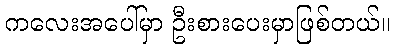
ကလေးအပေါ်မှာ ဦးစားပေးမှာဖြစ်တယ်။